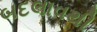
બદલાવથી